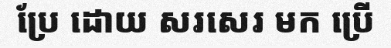
ប្រែ ដោយ សរសេរ មក ប្រើ